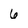
Character: 6